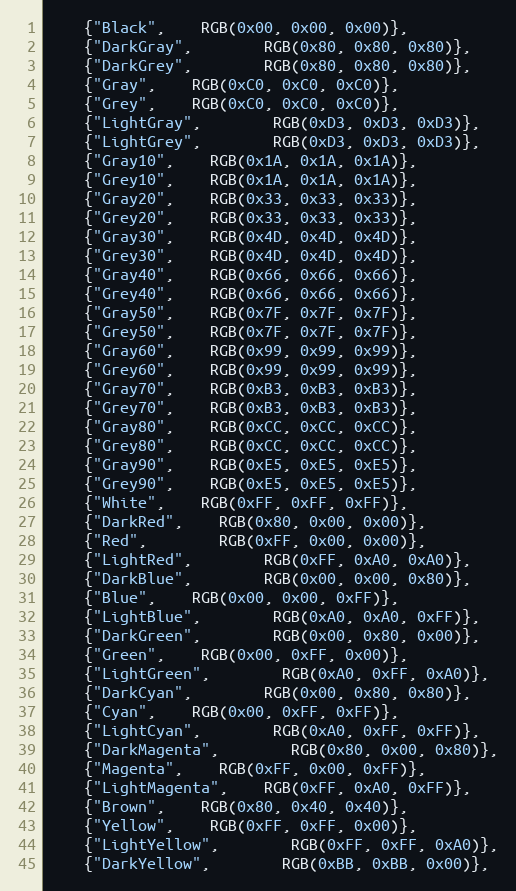
Language: C++
	{"Black",	RGB(0x00, 0x00, 0x00)},
	{"DarkGray",	    RGB(0x80, 0x80, 0x80)},
	{"DarkGrey",	    RGB(0x80, 0x80, 0x80)},
	{"Gray",	RGB(0xC0, 0xC0, 0xC0)},
	{"Grey",	RGB(0xC0, 0xC0, 0xC0)},
	{"LightGray",	    RGB(0xD3, 0xD3, 0xD3)},
	{"LightGrey",	    RGB(0xD3, 0xD3, 0xD3)},
	{"Gray10",	RGB(0x1A, 0x1A, 0x1A)},
	{"Grey10",	RGB(0x1A, 0x1A, 0x1A)},
	{"Gray20",	RGB(0x33, 0x33, 0x33)},
	{"Grey20",	RGB(0x33, 0x33, 0x33)},
	{"Gray30",	RGB(0x4D, 0x4D, 0x4D)},
	{"Grey30",	RGB(0x4D, 0x4D, 0x4D)},
	{"Gray40",	RGB(0x66, 0x66, 0x66)},
	{"Grey40",	RGB(0x66, 0x66, 0x66)},
	{"Gray50",	RGB(0x7F, 0x7F, 0x7F)},
	{"Grey50",	RGB(0x7F, 0x7F, 0x7F)},
	{"Gray60",	RGB(0x99, 0x99, 0x99)},
	{"Grey60",	RGB(0x99, 0x99, 0x99)},
	{"Gray70",	RGB(0xB3, 0xB3, 0xB3)},
	{"Grey70",	RGB(0xB3, 0xB3, 0xB3)},
	{"Gray80",	RGB(0xCC, 0xCC, 0xCC)},
	{"Grey80",	RGB(0xCC, 0xCC, 0xCC)},
	{"Gray90",	RGB(0xE5, 0xE5, 0xE5)},
	{"Grey90",	RGB(0xE5, 0xE5, 0xE5)},
	{"White",	RGB(0xFF, 0xFF, 0xFF)},
	{"DarkRed",	RGB(0x80, 0x00, 0x00)},
	{"Red",		RGB(0xFF, 0x00, 0x00)},
	{"LightRed",	    RGB(0xFF, 0xA0, 0xA0)},
	{"DarkBlue",	    RGB(0x00, 0x00, 0x80)},
	{"Blue",	RGB(0x00, 0x00, 0xFF)},
	{"LightBlue",	    RGB(0xA0, 0xA0, 0xFF)},
	{"DarkGreen",	    RGB(0x00, 0x80, 0x00)},
	{"Green",	RGB(0x00, 0xFF, 0x00)},
	{"LightGreen",	    RGB(0xA0, 0xFF, 0xA0)},
	{"DarkCyan",	    RGB(0x00, 0x80, 0x80)},
	{"Cyan",	RGB(0x00, 0xFF, 0xFF)},
	{"LightCyan",	    RGB(0xA0, 0xFF, 0xFF)},
	{"DarkMagenta",	    RGB(0x80, 0x00, 0x80)},
	{"Magenta",	RGB(0xFF, 0x00, 0xFF)},
	{"LightMagenta",    RGB(0xFF, 0xA0, 0xFF)},
	{"Brown",	RGB(0x80, 0x40, 0x40)},
	{"Yellow",	RGB(0xFF, 0xFF, 0x00)},
	{"LightYellow",	    RGB(0xFF, 0xFF, 0xA0)},
	{"DarkYellow",	    RGB(0xBB, 0xBB, 0x00)},